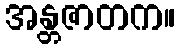
အန္တဇာတက။